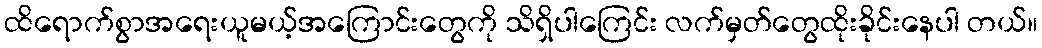
ထိရောက်စွာအရေးယူမယ့်အကြောင်းတွေကို သိရှိပါကြေင်း လက်မှတ်တွေထိုးခိုင်းနေပါ တယ်။